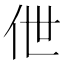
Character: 伳